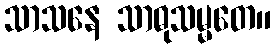
သာသနေ သာဓုသမ္မတေ။